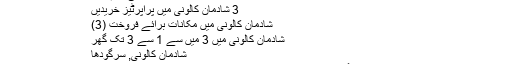
گھر سرگودھا شادمان کالونی تمام گھر
3 شادمان کالونی میں پراپرٹیز خریدیں
شادمان کالونی میں مکانات برائے فروخت (3)
شادمان کالونی میں 3 میں سے 1 سے 3 تک گھر
شادمان کالونی, سرگودھا
شادمان کالونی سرگودھا میں 4 کمروں کا 5 مرلہ مکان 70 لاکھ میں برائے فروخت۔